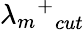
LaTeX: {{\lambda_{m}}^{+}}_{cut}